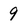
Character: 9